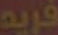
فريد